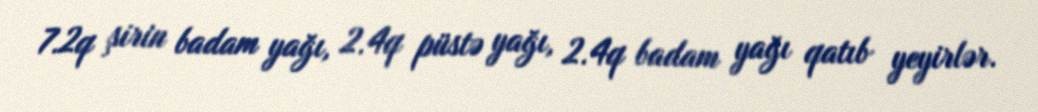
7.2q şirin badam yağı, 2.4q püstə yağı, 2.4q badam yağı qatıb yeyirlər.